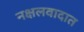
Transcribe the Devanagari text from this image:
नक्षलवादात